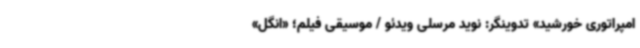
امپراتوری خورشید» تدوینگر: نوید مرسلی ویدئو / موسیقی فیلم؛ «انگل»